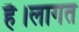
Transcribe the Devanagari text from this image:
है।लागत